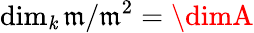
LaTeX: \dim_{\mathit{k}}{\mathfrak{{m}}}/{\mathfrak{{m}}}^{2}=\dimA